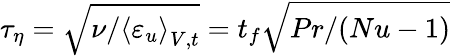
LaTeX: \tau_{\eta}=\sqrt{\nu/\left\langle\varepsilon_{u}\right\rangle_{V,t}}=t_{f}\sqrt{Pr/(Nu-1)}